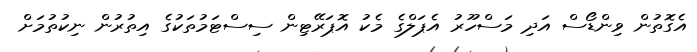
އެގޮތުން ވިންޑޯސް އަދި މަސްހޫރު އެޕަލްގެ މެކު އޮޕަރޭޓިން ސިސްޓަމުތަކުގެ އިތުރުން ނިކުތުމަށް